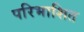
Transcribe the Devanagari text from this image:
परिभाशित